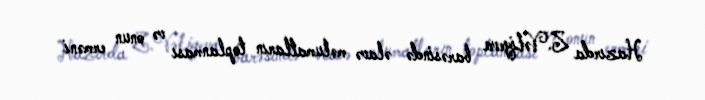
Hazırda Z.Vəliyeva barəsində əlavə məlumatların toplanması və onun erməni